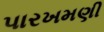
પારખમણી